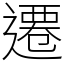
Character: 遷